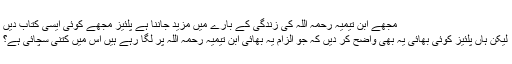
مجھے ابن تیمیہ رحمہ اللہ کی زندگی کے بارے میں مزید جاننا ہے پلئیز مجھے کوئی ایسی کتاب دیں
لیکن ہاں پلئیز کوئی بھائی یہ بھی واضح کر دیں کہ جو الزام یہ بھائی ابن تیمیہ رحمہ اللہ پر لگا رہے ہیں اس میں کتنی سچائی ہے؟